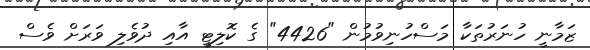
ޒަމާނީ ހުނަރުތަކާ މަސްހުނިވުމުން "4426" ގެ ކޮލިޓީ އާއި ދުވެލި ވަރަށް ވެސް